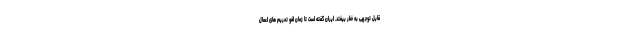
قابل توجهی به خطر بیفتد. ایران گفته است تا زمان لغو تحریم های اعمال